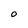
Character: 0